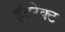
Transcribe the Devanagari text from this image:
इंटरेक्ट